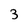
Character: 3